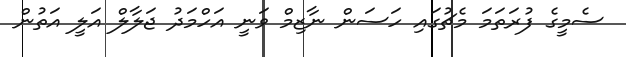
ސެމީގެ ފުރަތަމަ މެޗުގައި ހަސަން ނާޒިމް ވަނީ އަހްމަދު ޖަލާލް އަލީ އަތުން